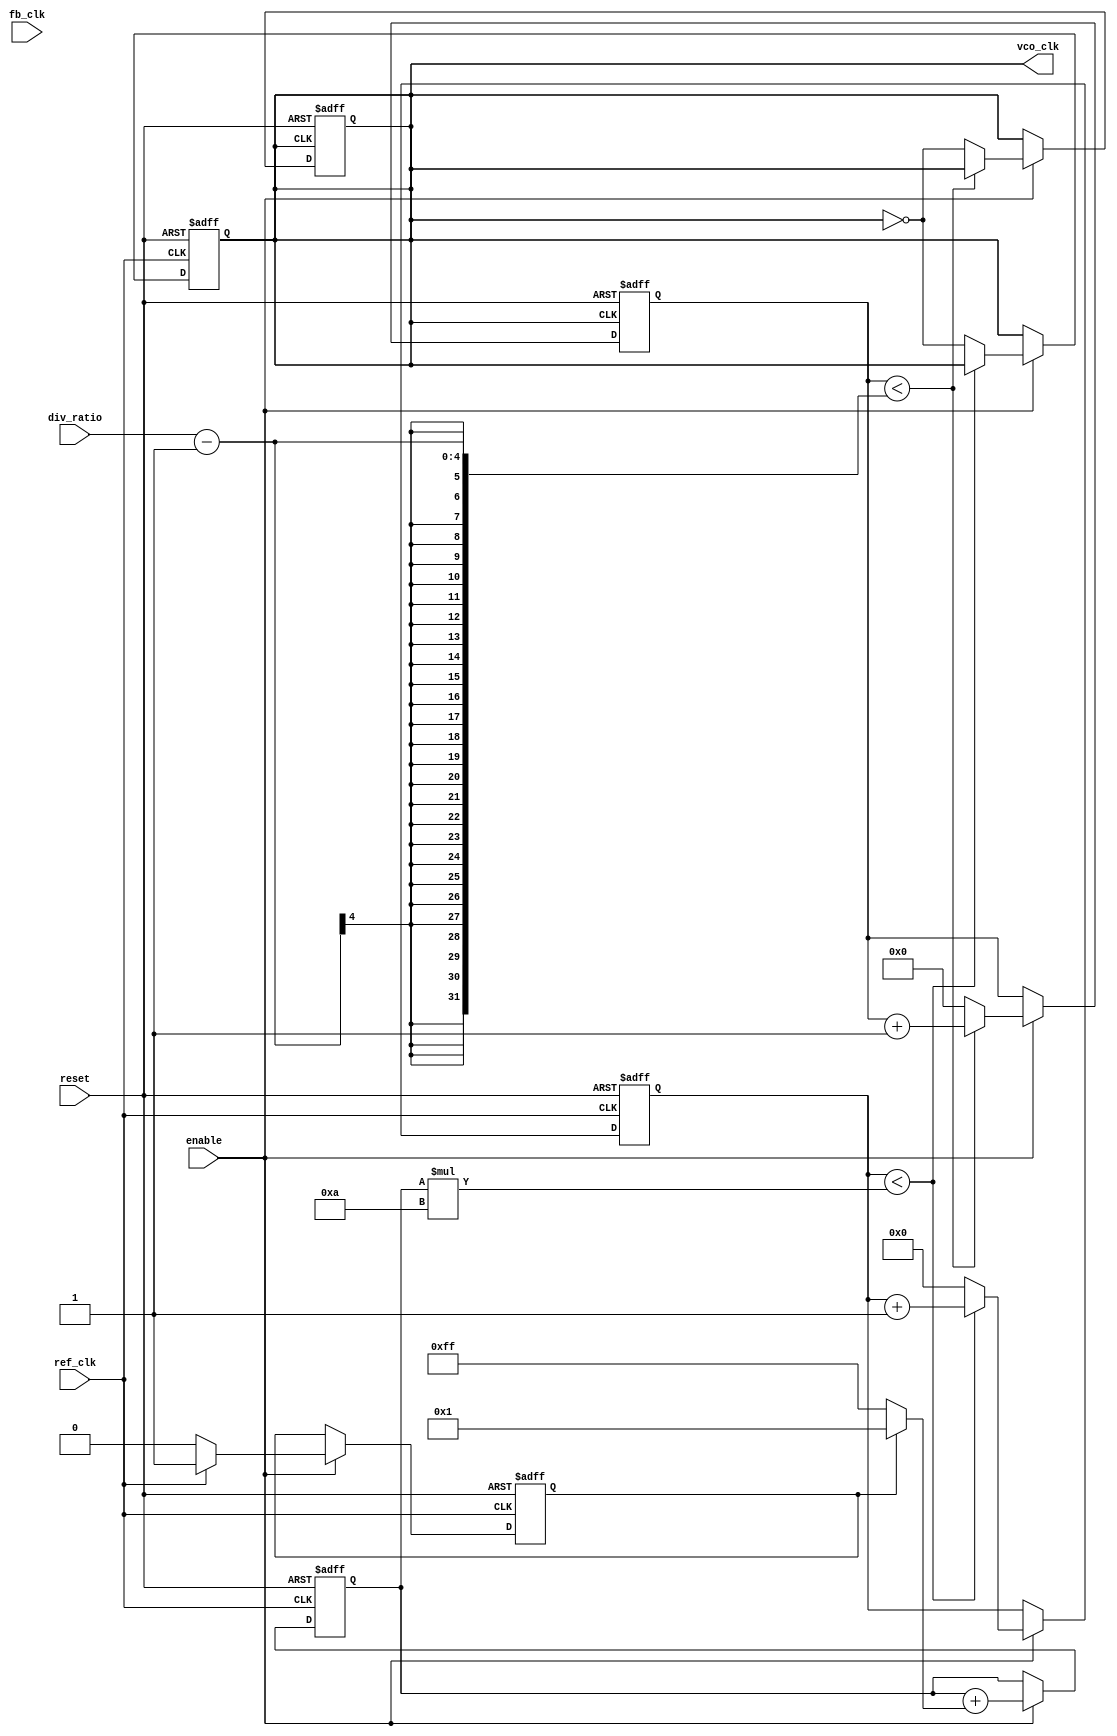
module pll (
    input wire ref_clk,           // Reference clock input
    output reg vco_clk,          // Output clock from VCO
    input wire fb_clk,           // Feedback clock input
    input wire [3:0] div_ratio,  // Division ratio for frequency divider
    input wire reset,            // Asynchronous reset
    input wire enable             // Enable signal for PLL operation
);

    // Phase Detector
    reg phase_error; // Phase error signal
    always @(posedge ref_clk or posedge reset) begin
        if (reset) begin
            phase_error <= 0;
        end else if (enable) begin
            // Simple phase detection logic
            phase_error <= (ref_clk) ? 1 : 0; // Simplified for example purposes
        end
    end

    // Charge Pump
    reg [7:0] control_voltage; // Control voltage output
    always @(posedge ref_clk or posedge reset) begin
        if (reset) begin
            control_voltage <= 0;
        end else if (enable) begin
            // Charge Pump logic based on phase error
            control_voltage <= control_voltage + (phase_error ? 1 : -1);
        end
    end

    // Voltage-Controlled Oscillator
    reg [7:0] vco_count; // Counter for VCO frequency generation
    always @(posedge ref_clk or posedge reset) begin
        if (reset) begin
            vco_count <= 0;
            vco_clk <= 0;
        end else if (enable) begin
            // Simple VCO frequency generation based on control voltage
            if (vco_count < (control_voltage * 10)) begin // Scale factor
                vco_count <= vco_count + 1;
            end else begin
                vco_count <= 0;
                vco_clk <= ~vco_clk; // Toggle VCO clock
            end
        end
    end

    // Frequency Divider
    reg [3:0] div_count; // Counter for frequency division
    always @(posedge vco_clk or posedge reset) begin
        if (reset) begin
            div_count <= 0;
            vco_clk <= 0; // Reset VCO output
        end else if (enable) begin
            if (div_count < (div_ratio - 1)) begin
                div_count <= div_count + 1;
            end else begin
                div_count <= 0;
                vco_clk <= ~vco_clk; // Toggle output clock based on division
            end
        end
    end

    // Loop Filter (not explicitly implemented here, can be added based on requirements)
    // Implementation of loop filter can be added to stabilize control voltage

endmodule